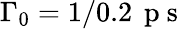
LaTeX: \Gamma_{0}=1/0.2\, \mathrm{~p~s~}